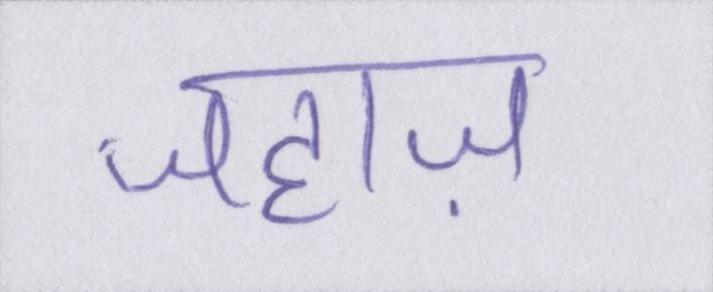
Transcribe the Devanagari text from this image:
जहाज़